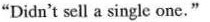
"Didn't sell a single one."